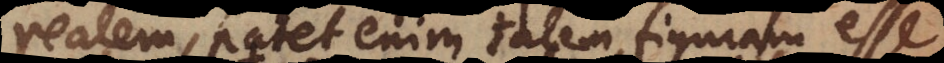
realem, patet enim talem figuram esse